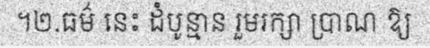
។២.ធម៌ នេះ ដំបូន្មាន រួមរក្សា ប្រាណ ឱ្យ